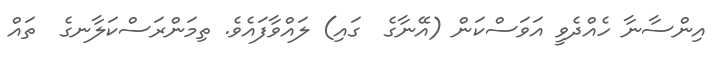
އިންސާނާ ހެއްދެވީ އަވަސްކަން (އޭނާގެ  ގައި) ލައްވާފައެވެ. ތިމަންރަސްކަލާނގެ  ތައް